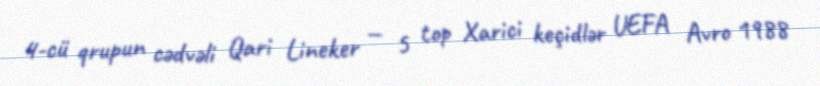
4-cü qrupun cədvəli Qari Lineker — 5 top Xarici keçidlər UEFA Avro 1988